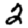
Digit: 2